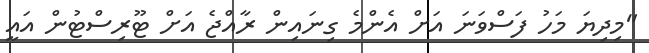
"މިދިޔަ މަހު ފަސްވަނަ އަށް އެންމެ ގިނައިން ރާއްޖެ އަށް ޓޫރިސްޓުން އައީ